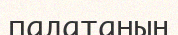
палатаның